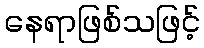
နေရာဖြစ်သဖြင့်